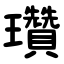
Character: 瓚